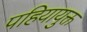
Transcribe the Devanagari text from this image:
पहियायुक्त